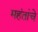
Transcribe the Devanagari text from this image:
महंतांचे